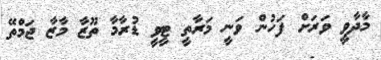
މާދާވީ ވަރަށް ފަހުން ވަނީ މަރާތީ ޓީވީ ޑުރާމާ ތޫޒާ މާޒާ ޖަމްތޭ